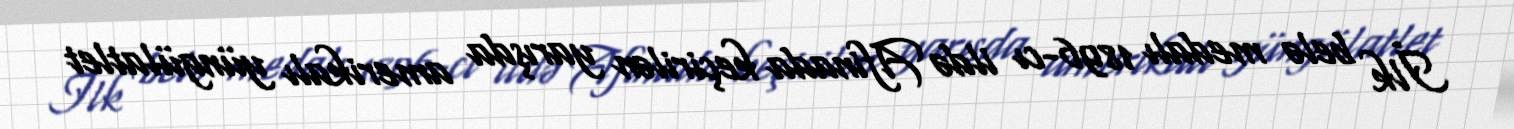
İlk belə medalı 1896-cı ildə Afinada keçirilən yarışda amerikalı yüngülatlet